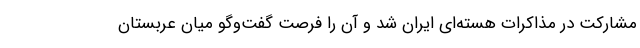
مشارکت در مذاکرات هسته‌ای ایران شد و آن را فرصت‌ گفت‌وگو میان عربستان